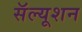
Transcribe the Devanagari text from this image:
सॅल्यूशन